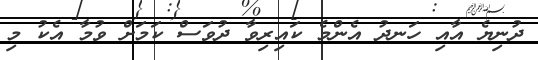
ދުނިޔެ އާއި ހަނދު އެންމެ ކައިރިވާ ދުވަސް ކަމަށް ވުމާ އެކު މި